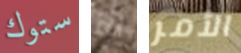
ستوك أنم الأمر